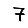
Digit: 7